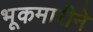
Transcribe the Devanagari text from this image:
भूकमारीने